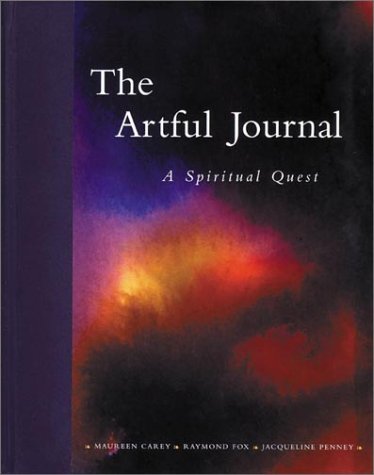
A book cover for The Artful Journal: A Spiritual Quest; Maureen Carey; Self-Help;